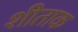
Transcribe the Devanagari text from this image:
शीताक